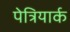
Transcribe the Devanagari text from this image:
पेत्रियार्क